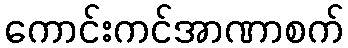
ကောင်းကင်အာဏာစက်